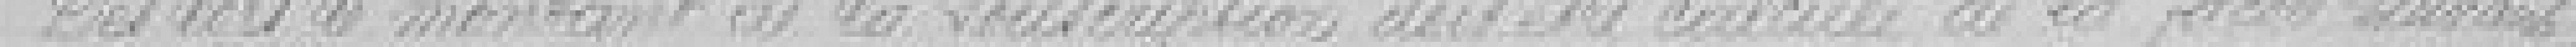
dès lors le montant de la souscription doit être calculé de la façon suivante